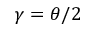
\gamma = \theta / 2